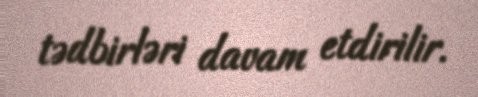
tədbirləri davam etdirilir.